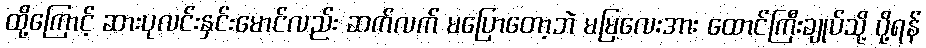
ထို့ကြောင့် ဆားပုလင်းနှင်းမောင်လည်း ဆက်လက် မပြောတော့ဘဲ မမြလေးအား ထောင်ကြီးချုပ်သို့ ပို့ရန်